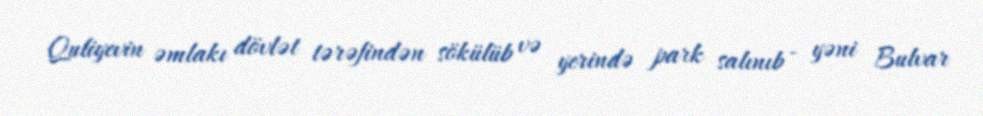
Quliyevin əmlakı dövlət tərəfindən sökülüb və yerində park salınıb - yəni Bulvar